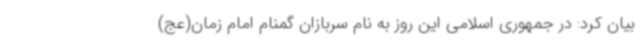
بیان کرد: در جمهوری اسلامی این روز به نام سربازان گمنام امام زمان(عج)